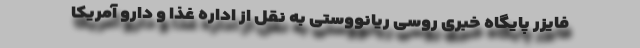
فایزر پایگاه خبری روسی ریانووستی به نقل از اداره غذا و دارو آمریکا